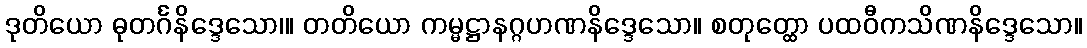
ဒုတိယော ဓုတင်္ဂနိဒ္ဒေသော၊။ တတိယော ကမ္မဋ္ဌာနဂ္ဂဟဏနိဒ္ဒေသော။ စတုတ္ထော ပထဝီကသိဏနိဒ္ဒေသော။